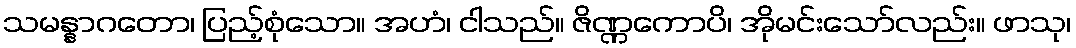
သမန္နာဂတော၊ ပြည့်စုံသော။ အဟံ၊ ငါသည်။ ဇိဏ္ဏကောပိ၊ အိုမင်းသော်လည်း။ ဖာသု၊